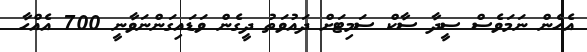
އެހެން ނަމަވެސް ސީދާ ސާކް ސަމިޓަށް ދައުވަތު ދީގެން ވަޑައިގަންނަވާނީ 700 އެއްހާ